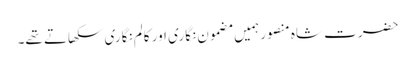
حضرت شاہ منصور ہمیں مضمون نگاری اور کالم نگاری سکھاتے تھے۔